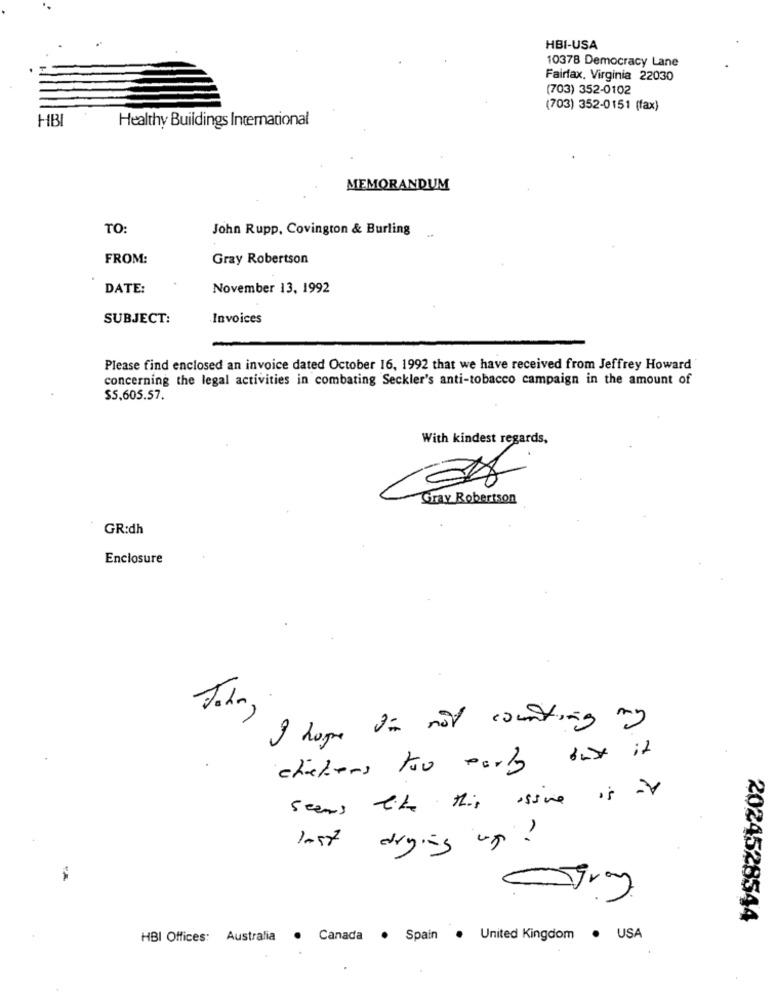
HBI-USA
10378 Democracy Lane
Fairfax. Virginia 22030
(703) 352-0102
(703) 352-0151 (fax)
HBI
Healthy Buildings International
MEMORANDUM
TO:
John Rupp, Covington & Burling
FROM:
Gray Robertson
DATE:
November 13, 1992
SUBJECT:
Invoices
Please find enclosed an invoice dated October 16, 1992 that we have received from Jeffrey Howard
concerning the legal activities in combating Seckler's anti-tobacco campaign in the amount of
$5,605.57.
With kindest regards,
Gray Robertson
GR:dh
Enclosure
I hope din not counting my
checkers too early buy it
seems like this issive is it
drying up ?
2024528544
HBI Offices: Australia
. Canada . Spain . United Kingdom . USA